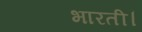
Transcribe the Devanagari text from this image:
भारती।